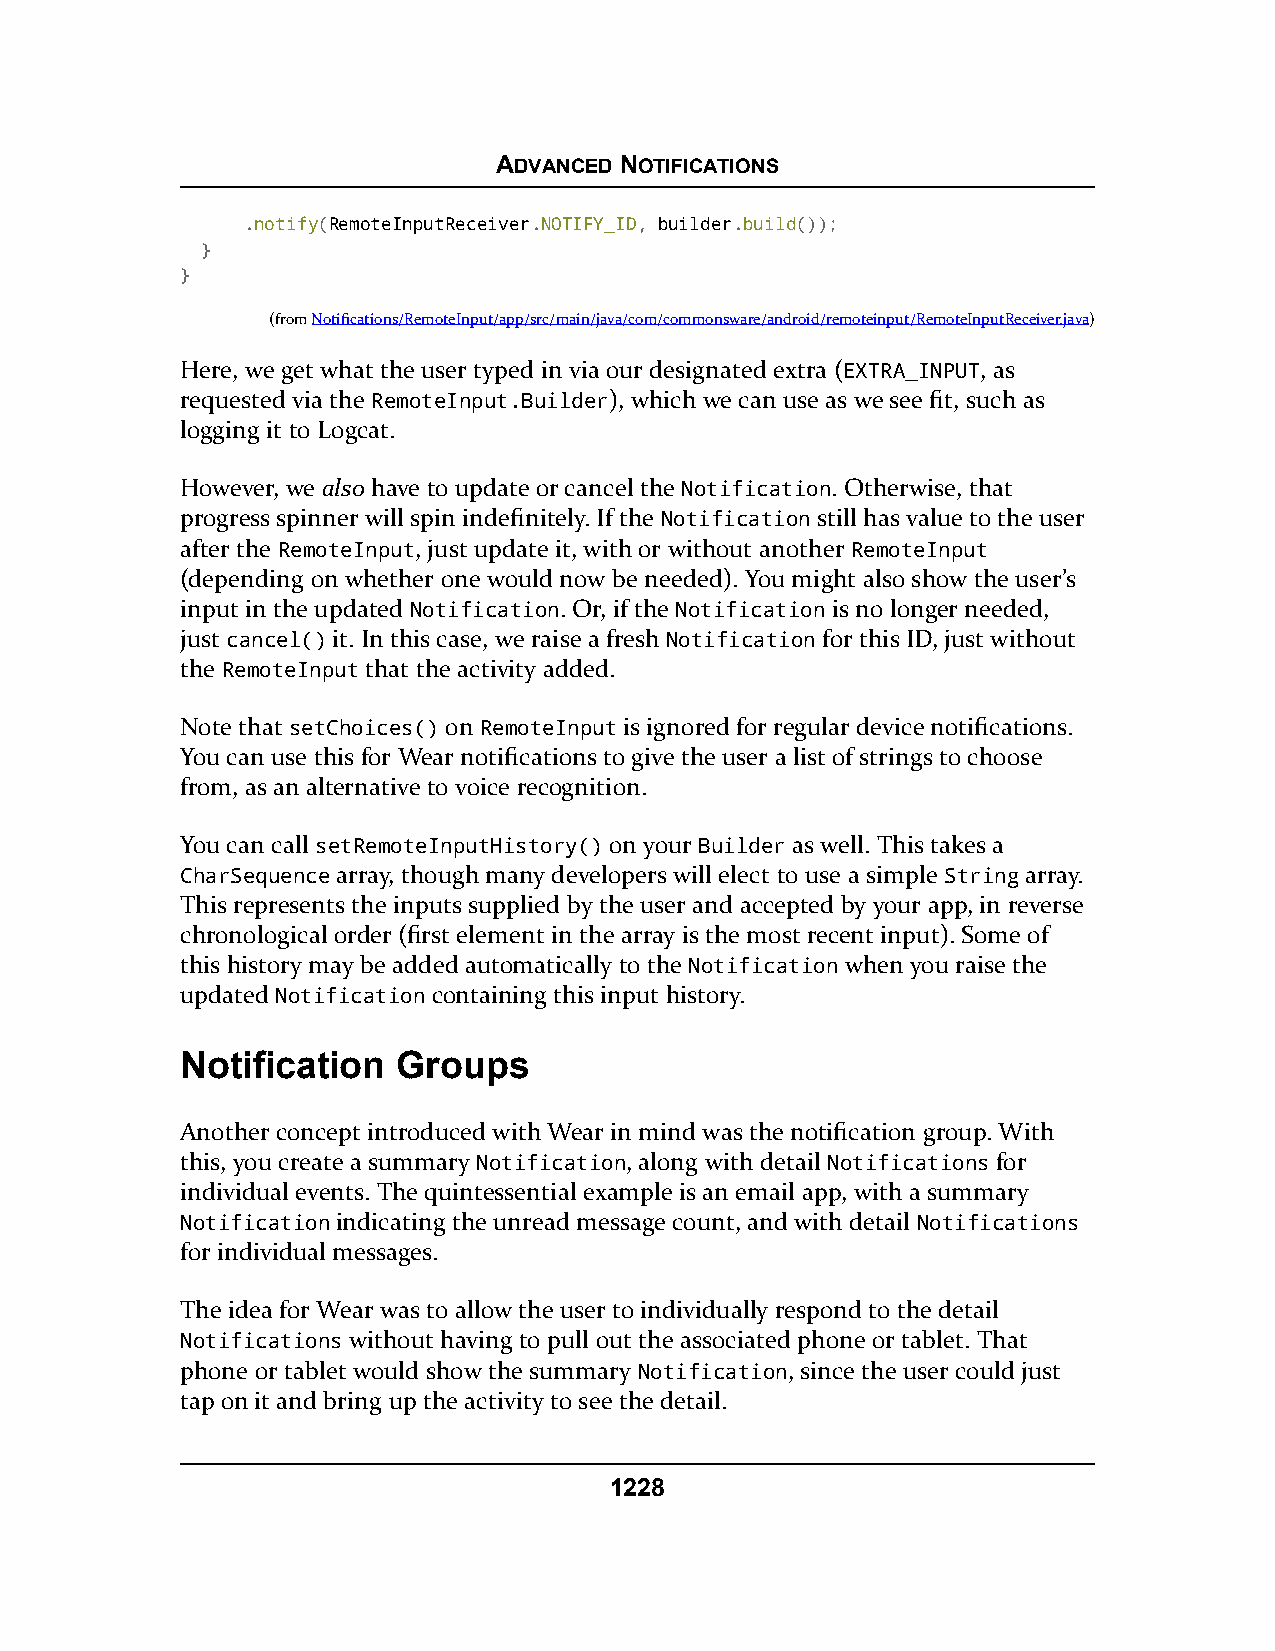
ADVANCED NOTIFICATIONS
 .notify(RemoteInputReceiver.NOTIFY_ID, builder.build());
 }
 }
 (fromNotifications/RemoteInput/app/src/main/java/com/commonsware/android/remoteinput/RemoteInputReceiver.java)
 Here, we get what the user typed in via our designated extra (EXTRA_INPUT, as
 requested via the RemoteInput.Builder), which we can use as we see fit, such as
 logging it to Logcat.
 However, we also have to update or cancel the Notification. Otherwise, that
 progress spinner will spin indefinitely. If the Notification still has value to the user
 after the RemoteInput, just update it, with or without another RemoteInput
 (depending on whether one would now be needed). You might also show the user’s
 input in the updated Notification. Or, if the Notification is no longer needed,
 just cancel() it. In this case, we raise a fresh Notification for this ID, just without
 the RemoteInput that the activity added.
 Note that setChoices() on RemoteInput is ignored for regular device notifications.
 You can use this for Wear notifications to give the user a list of strings to choose
 from, as an alternative to voice recognition.
 You can call setRemoteInputHistory() on your Builder as well. This takes a
 CharSequence array, though many developers will elect to use a simple String array.
 This represents the inputs supplied by the user and accepted by your app, in reverse
 chronological order (first element in the array is the most recent input). Some of
 this history may be added automatically to the Notification when you raise the
 updated Notification containing this input history.
 Notification  Groups
 Another concept introduced with Wear in mind was the notification group. With
 this, you create a summary Notification, along with detail Notifications for
 individual events. The quintessential example is an email app, with a summary
 Notification indicating the unread message count, and with detail Notifications
 for individual messages.
 The idea for Wear was to allow the user to individually respond to the detail
 Notifications without having to pull out the associated phone or tablet. That
 phone or tablet would show the summary Notification, since the user could just
 tap on it and bring up the activity to see the detail.
 1228